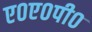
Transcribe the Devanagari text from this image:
ए०ए०पी०